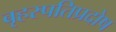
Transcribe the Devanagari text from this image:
बृहस्पतिप्रदोष